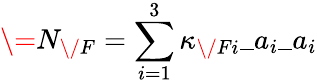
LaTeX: \= N_{\/ F}=\sum_{i=1}^{3}\kappa_{{\/ F}i}\_ a_{i}\_ a_{i}